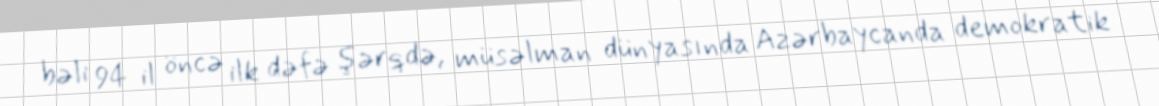
bəli 94 il öncə ilk dəfə şərqdə, müsəlman dünyasında Azərbaycanda demokratik